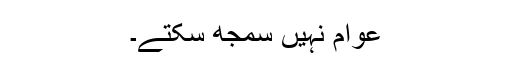
عوام نہیں سمجھ سکتے۔